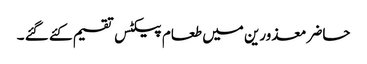
حاضر معذورین میں طعام پیکٹس تقسیم کئے گئے ۔